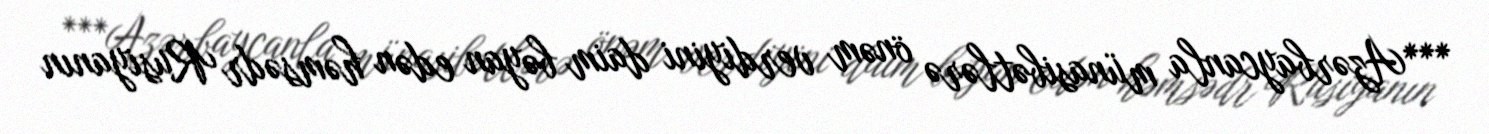
***Azərbaycanla münasibətlərə önəm verdiyini daim bəyan edən həmsədr Rusiyanın